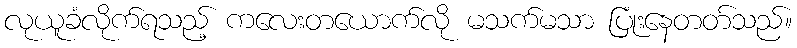
လုယူခံလိုက်ရသည့် ကလေးတယောက်လို မသက်မသာ ပြုံးနေတတ်သည်။